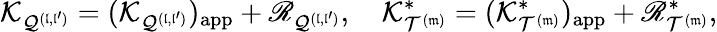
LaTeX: \mathcal K_{\mathcal Q^{(\mathfrak l,\mathfrak l^{\prime})}}=(\mathcal K_{\mathcal Q^{(\mathfrak l,\mathfrak l^{\prime})}})_{\mathrm{app}}+\mathscr R_{\mathcal Q^{(\mathfrak l,\mathfrak l^{\prime})}},\quad\mathcal K_{\mathcal T^{(\mathfrak m)}}^{*}=(\mathcal K_{\mathcal T^{(\mathfrak m)}}^{*})_{\mathrm{app}}+\mathscr R_{\mathcal T^{(\mathfrak m)}}^{*},